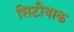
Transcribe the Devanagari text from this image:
सिटीवाक